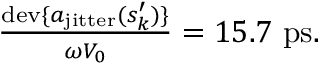
\begin{array} { r } { \frac { \mathrm { d e v } \{ a _ { \mathrm { j i t t e r } } ( s _ { k } ^ { \prime } ) \} } { \omega V _ { 0 } } = 1 5 . 7 ~ \mathrm { p s } . } \end{array}